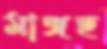
মাঙ্গছ